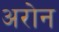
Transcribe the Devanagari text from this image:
अरोन